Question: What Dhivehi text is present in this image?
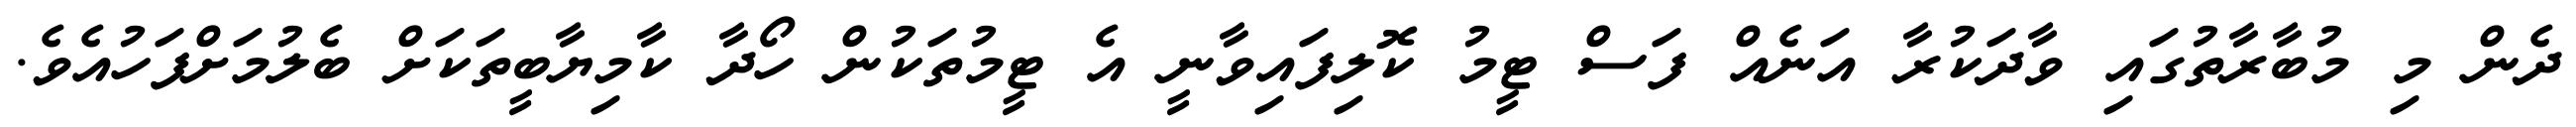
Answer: ދެން މި މުބާރާތުގައި ވާދަކުރާ އަނެއް ފަސް ޓީމު ކޮލިފައިވާނީ އެ ޓީމުތަކުން ހޯދާ ކާމިޔާބީތަކަށް ބެލުމަށްފަހުއެވެ.